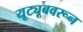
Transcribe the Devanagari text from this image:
यूट्यूबवरून